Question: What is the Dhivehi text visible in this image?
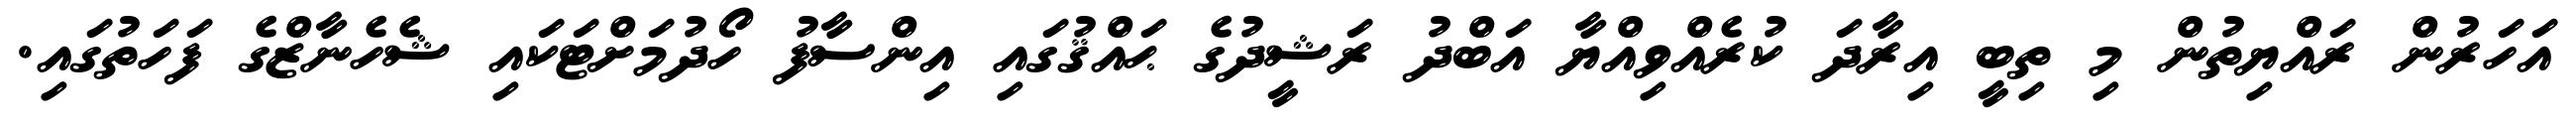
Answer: އަހަރުން ރައްޔިތުން މި ތިބީ އިރާދަ ކުރެއްވިއްޔާ އަބްދު ރަޝީދުގެ ޙައްޤުގައި އިންސާފު ހޯދުމަށްޓަކައި ޝެހެނާޒްގެ ފަހަތުގައި.